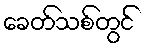
ခေတ်သစ်တွင်